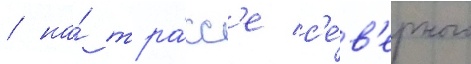
/ на́ тра́сс'е с'е́в'ерного